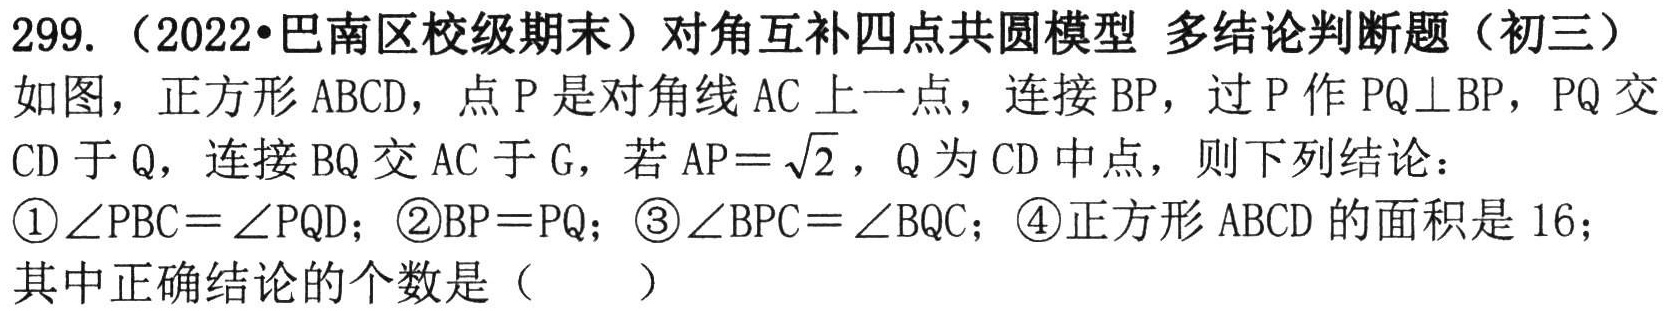
299.（2022•巴南区校级期末）对角互补四点共圆模型 多结论判断题（初三）
如图，正方形 \(ABCD\)，点 \(P\) 是对角线 \(AC\) 上一点，连接 \(BP\)，过 \(P\) 作 \(PQ\perp BP\)，\(PQ\) 交 \(CD\) 于 \(Q\)，连接 \(BQ\) 交 \(AC\) 于 \(G\)，若 \(AP = \sqrt{2}\)，\(Q\) 为 \(CD\) 中点，则下列结论：
\textcircled{1}\(\angle PBC=\angle PQD\)；\textcircled{2}\(BP = PQ\)；\textcircled{3}\(\angle BPC=\angle BQC\)；\textcircled{4}正方形 \(ABCD\) 的面积是 \(16\)；
其中正确结论的个数是（  ）